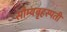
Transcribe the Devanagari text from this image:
सौम्यबृहस्पती